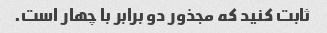
ثابت کنید که مجذور دو برابر با چهار است.